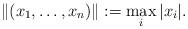
LaTeX: \begin{align*} \|(x_1,\ldots,x_n)\| := \max_i |x_i| .\end{align*}